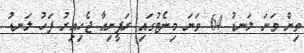
ތިން ވަނަ ލަނޑު 64 ވަނަ މިނެޓުގައި ރަފީނިއާ ޖެހިއިރު ފަހު ލަނޑު